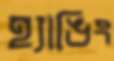
হ্যাঙিং